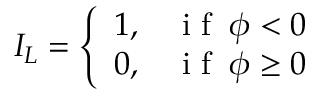
I _ { L } = \left\{ \begin{array} { l l } { 1 , } & { \mathrm { ~ i ~ f ~ } \: \phi < 0 } \\ { 0 , } & { \mathrm { ~ i ~ f ~ } \: \phi \geq 0 } \end{array} \right.